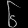
Digit: ၆